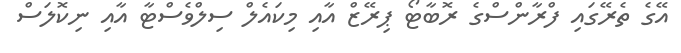
އޭގެ ތެރޭގައި ފްރާންސްގެ ރޮބާޓޯ ޕިރޭޒް އާއި މިކައެލް ސިލްވެސްޓާ އާއި ނިކޮލަސް